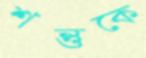
শন্তুকে